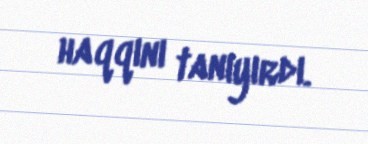
haqqını tanıyırdı.